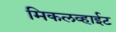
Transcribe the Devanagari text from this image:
मिकलव्हाईट